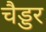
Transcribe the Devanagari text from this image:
चैड्डर